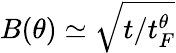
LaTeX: B(\theta)\simeq\sqrt{t/t_{F}^{\theta}}